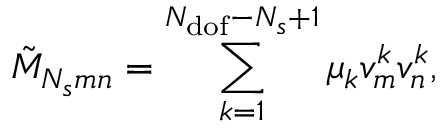
\tilde { M } _ { N _ { s } m n } = \sum _ { k = 1 } ^ { N _ { \mathrm { d o f } } - N _ { s } + 1 } { \mu _ { k } v _ { m } ^ { k } v _ { n } ^ { k } } ,